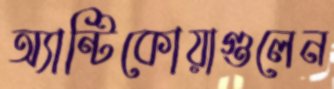
অ্যান্টিকোয়াগুলেন